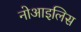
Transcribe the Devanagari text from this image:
नोआइलिस